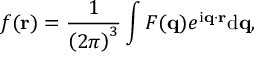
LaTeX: f ( \mathbf { r } ) = { \frac { 1 } { \left( 2 \pi \right) ^ { 3 } } } \int F ( \mathbf { q } ) e ^ { \mathrm { i } \mathbf { q } \cdot \mathbf { r } } \mathrm { d } \mathbf { q } ,